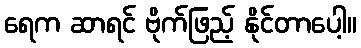
ရေက ဆာရင် ဗိုက်ဖြည့် နိုင်တာပေါ့။